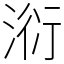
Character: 𣶹